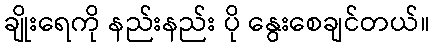
ချိုးရေကို နည်းနည်း ပို နွေးစေချင်တယ်။